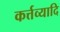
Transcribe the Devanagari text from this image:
कर्त्तव्यादि